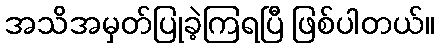
အသိအမှတ်ပြုခဲ့ကြရပြီ ဖြစ်ပါတယ်။